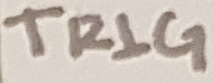
Text: TRIG